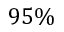
9 5 \%